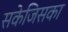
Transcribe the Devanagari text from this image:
सकेजिसका